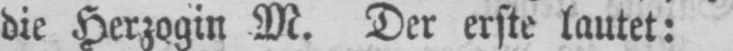
die Herzogin M. Der erste lautet: